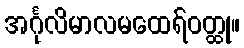
အင်္ဂုလိမာလမထေရ်ဝတ္ထု။